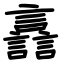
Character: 譶